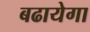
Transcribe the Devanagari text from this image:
बढायेगा